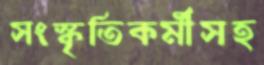
সংস্কৃতিকর্মীসহ